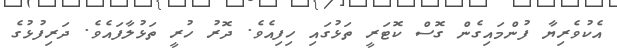
އެކުވެރިޔާ ފުންމައިގެން ގޮސް ކޮޓަރީ ތަޅުގައި ހިފިއެވެ. ދޮރު ހުރީ ތަޅުލާފައެވެ. ދަރިފުޅުގެ